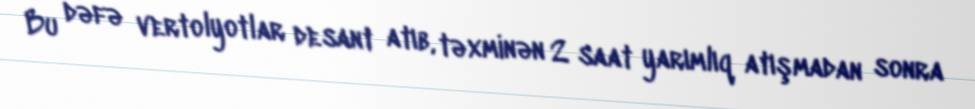
Bu dəfə vertolyotlar desant atıb, təxminən 2 saat yarımlıq atışmadan sonra